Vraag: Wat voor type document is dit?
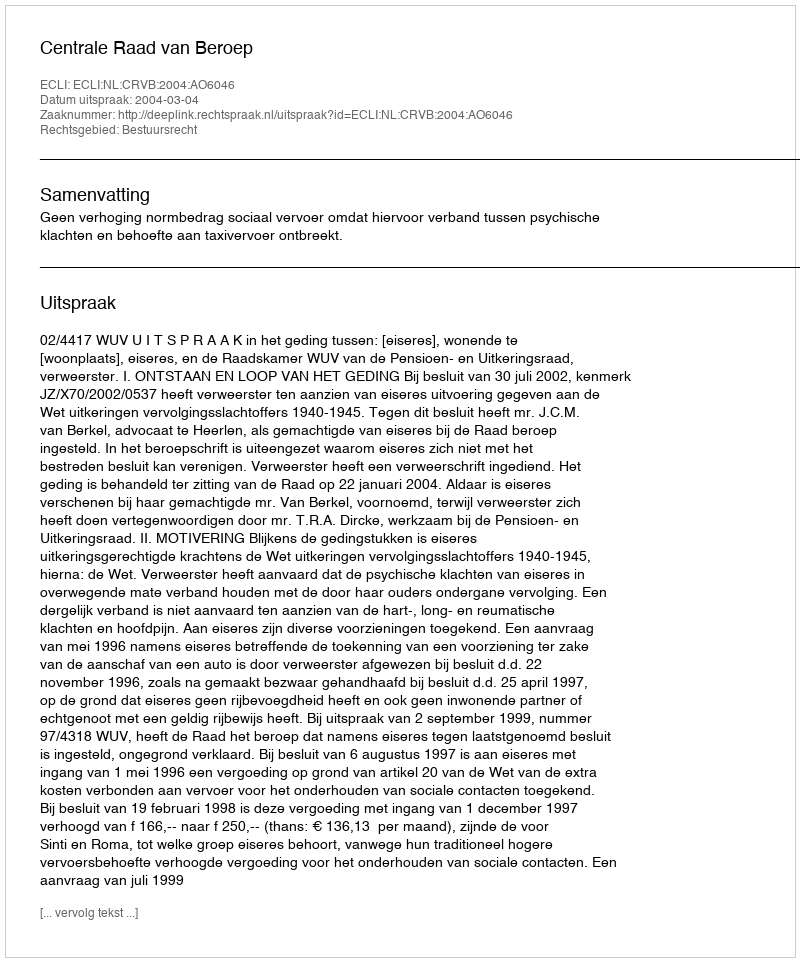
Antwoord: Uitspraak